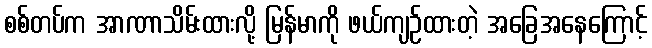
စစ်တပ်က အာဏာသိမ်းထားလို့ မြန်မာကို ဖယ်ကျဉ်ထားတဲ့ အခြေအနေကြောင့်